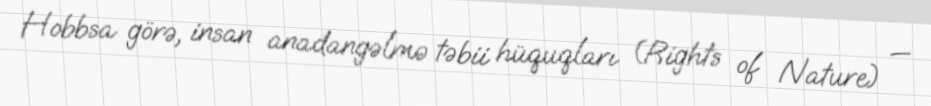
Hobbsa görə, insan anadangəlmə təbii hüquqları (Rights of Nature) —